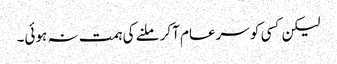
لیکن کسی کو سرعام آکر ملنے کی ہمت نہ ہوئی۔